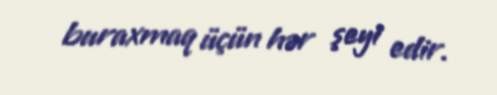
buraxmaq üçün hər şeyi edir.